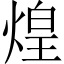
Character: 煌